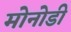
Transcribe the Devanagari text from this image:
मोनोडी